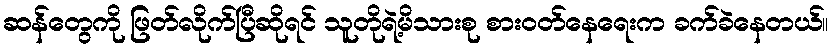
ဆန်တွေကို ဖြတ်လိုက်ပြီဆိုရင် သူတိုရဲ့မိသားစု စားဝတ်နေရေးက ခက်ခဲနေတယ်။